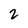
Character: 2